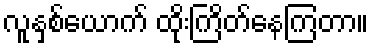
လူနှစ်ယောက် ထိုးကြိတ်နေကြတာ။